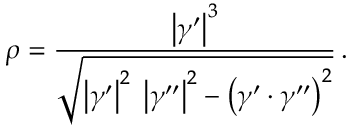
\rho = { \frac { \left| { \boldsymbol { \gamma } } ^ { \prime } \right| ^ { 3 } } { \sqrt { \left| { \boldsymbol { \gamma } } ^ { \prime } \right| ^ { 2 } \; \left| { \boldsymbol { \gamma } } ^ { \prime \prime } \right| ^ { 2 } - \left( { \boldsymbol { \gamma } } ^ { \prime } \cdot { \boldsymbol { \gamma } } ^ { \prime \prime } \right) ^ { 2 } } } } \, .